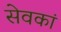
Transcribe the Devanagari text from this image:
सेवकां